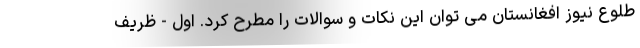
طلوع نیوز افغانستان می توان این نکات و سوالات را مطرح کرد. اول - ظریف